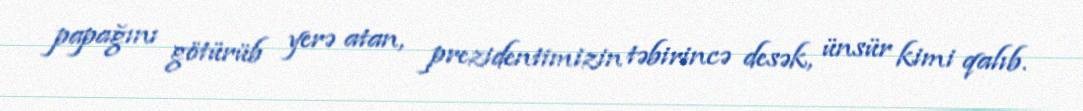
papağını götürüb yerə atan, prezidentimizin təbirincə desək, ünsür kimi qalıb.